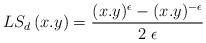
LaTeX: \begin{align*}LS_{d}\left(x.y\right)=\frac{(x.y)^{\epsilon}-(x.y)^{-\epsilon}}{2\;\epsilon}\end{align*}